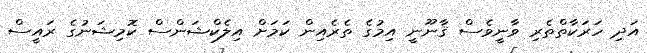
އަދި ހަރަކާތްތެރި ވާނީވެސް ޤާނޫނީ އިމުގެ ތެރެއިން ކަމަށް އިލެކްޝަންސް ކޮމިޝަނުގެ ރައީސް